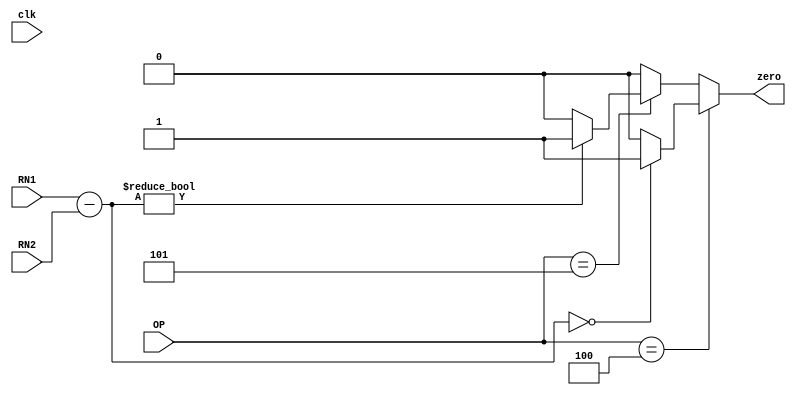
`timescale 1ns/1ns
module CompilerB( zero, clk, OP, RN1, RN2 ) ;
  input clk ;
  input[5:0] OP ;
  input[31:0] RN1, RN2 ;
  output zero ;

  parameter OP_BEQ = 6'd4 ;
  parameter OP_BNE = 6'd5 ;

  reg temp = 0 ;
  //reg[63:0] SHIFTOFFSET = 64'b0 ;
  always @( clk )
  begin
	if ( OP == OP_BEQ )
        begin
	  if ( (RN1[31:0] - RN2[31:0]) == 32'b0 )
	    temp = 1 ;
	  else 
	    temp = 0 ;
	end
	else if ( OP == OP_BNE )
        begin 
	  if ( (RN1[31:0] - RN2[31:0]) != 32'b0 )
	    temp = 1 ;
	  else 
	    temp = 0 ;
	end 
        else temp = 0 ;
  end
	
  assign zero = temp ;
 
endmodule